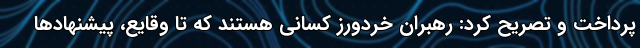
پرداخت و تصریح کرد: رهبران خردورز کسانی هستند که تا وقایع، پیشنهادها